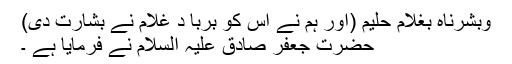
وبشرناہ بغلام حلیم (اور ہم نے اس کو بربا د غلام نے بشارت دی)
حضرت جعفر صادق علیہ السلام نے فرمایا ہے ۔